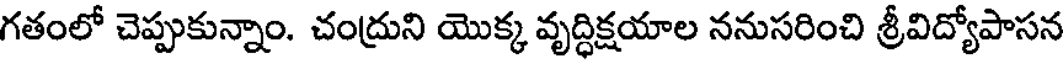
గతంలో చెప్పుకున్నాం. చంద్రుని యొక్క వృద్ధిక్షయాల ననుసరించి శ్రీవిద్యోపాసన